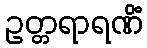
ဥတ္တရာရဏိံ